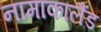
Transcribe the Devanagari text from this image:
नामाकालैंड